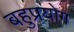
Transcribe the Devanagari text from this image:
बहुप्रयोग